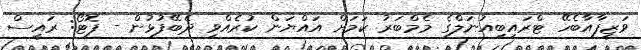
ވަޒީފާއާބެހޭ ޓްރައިބިއުނަލްގެ މެމްބަރު ކަމަށް އައްޔަން ކުރެއްވި ދެބޭފުޅުން - ފޮޓޯ: ރައީސް